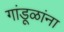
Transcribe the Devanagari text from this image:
गांडूळांना